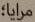
مرايا؛